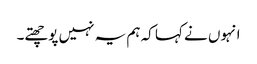
انہوں نے کہا کہ ہم یہ نہیں پوچھتے۔